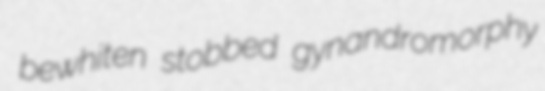
bewhiten stobbed gynandromorphy